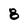
Character: 8